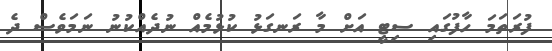
ފުރަތަމަ ހާފުގައި ސިޓީ އަށް މާ ރަނގަޅު ކުޅުމެއް ނުދެއްކުނު ނަމަވެސް ދެ